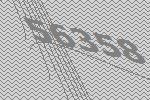
56358